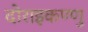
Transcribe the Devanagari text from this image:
दोराइकण्णु